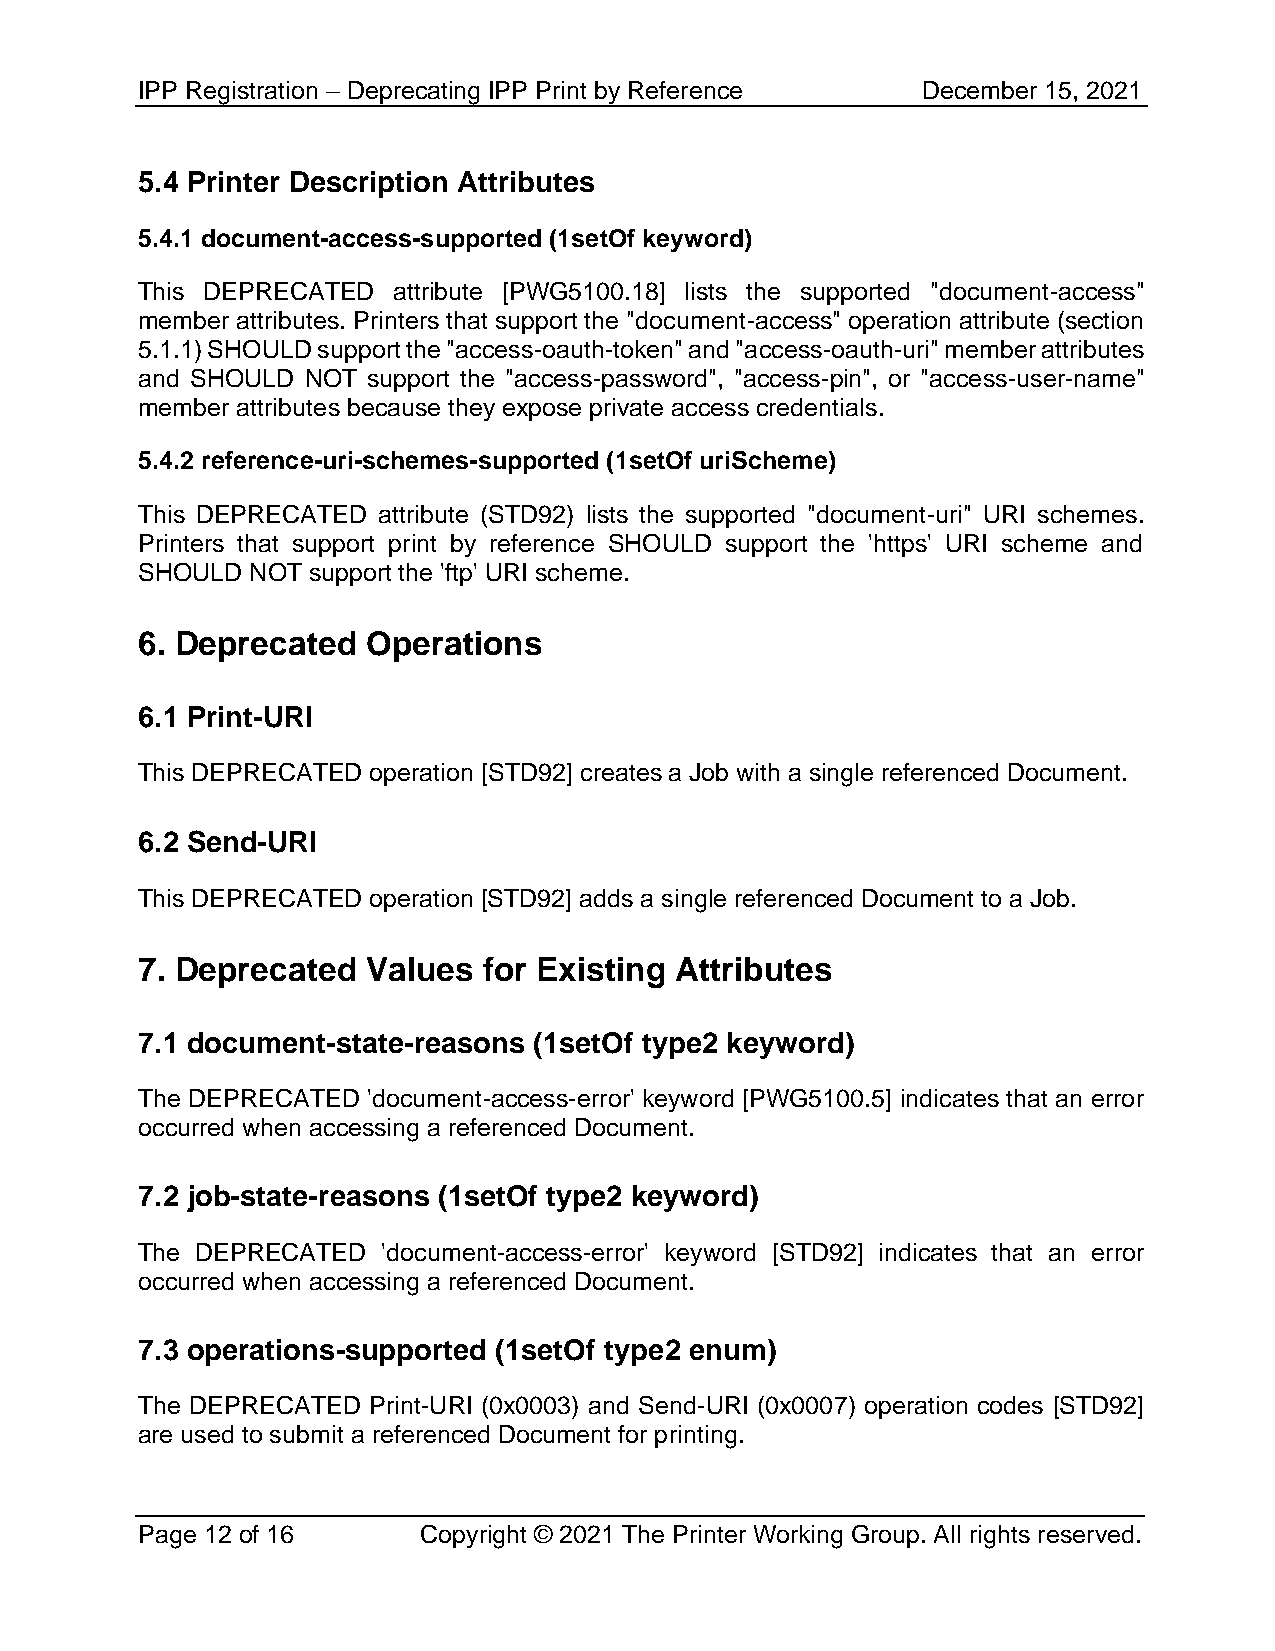
IPP Registration – Deprecating IPP Print by Reference December 15, 2021
 5.4 Printer Description Attributes
 5.4.1 document-access-supported (1setOf keyword)
 This DEPRECATED  attribute [PWG5100.18] lists the supported "document-access"
 member attributes. Printers that support the "document-access" operation attribute (section
 5.1.1) SHOULD support the "access-oauth-token" and "access-oauth-uri" member attributes
 and SHOULD NOT support the "access-password", "access-pin", or "access-user-name"
 member attributes because they expose private access credentials.
 5.4.2 reference-uri-schemes-supported (1setOf uriScheme)
 This DEPRECATED attribute (STD92) lists the supported "document-uri" URI schemes.
 Printers that support print by reference SHOULD support the 'https' URI scheme and
 SHOULD  NOT support the 'ftp' URI scheme.
 6. Deprecated  Operations
 6.1 Print-URI
 This DEPRECATED operation [STD92] creates a Job with a single referenced Document.
 6.2 Send-URI
 This DEPRECATED operation [STD92] adds a single referenced Document to a Job.
 7. Deprecated  Values  for Existing Attributes
 7.1 document-state-reasons (1setOf type2 keyword)
 The DEPRECATED 'document-access-error' keyword [PWG5100.5] indicates that an error
 occurred when accessing a referenced Document.
 7.2 job-state-reasons (1setOf type2 keyword)
 The DEPRECATED  'document-access-error' keyword [STD92] indicates that an error
 occurred when accessing a referenced Document.
 7.3 operations-supported (1setOf type2 enum)
 The DEPRECATED Print-URI (0x0003) and Send-URI (0x0007) operation codes [STD92]
 are used to submit a referenced Document for printing.
 Page 12 of 16      Copyright © 2021 The Printer Working Group. All rights reserved.